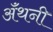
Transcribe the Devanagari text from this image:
ॲंथनी